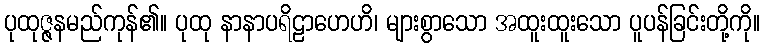
ပုထုဇ္ဇနမည်ကုန်၏။ ပုထု နာနာပရိဠာဟေဟိ၊ များစွာသော အထူးထူးသော ပူပန်ခြင်းတို့ကို။